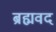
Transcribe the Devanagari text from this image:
ब्रह्मवद